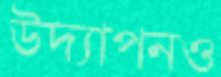
উদ্যাপনও